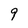
Character: 9